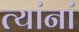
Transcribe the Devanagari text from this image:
त्‍यांनां